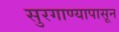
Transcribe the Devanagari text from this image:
सुरगाण्यापासून